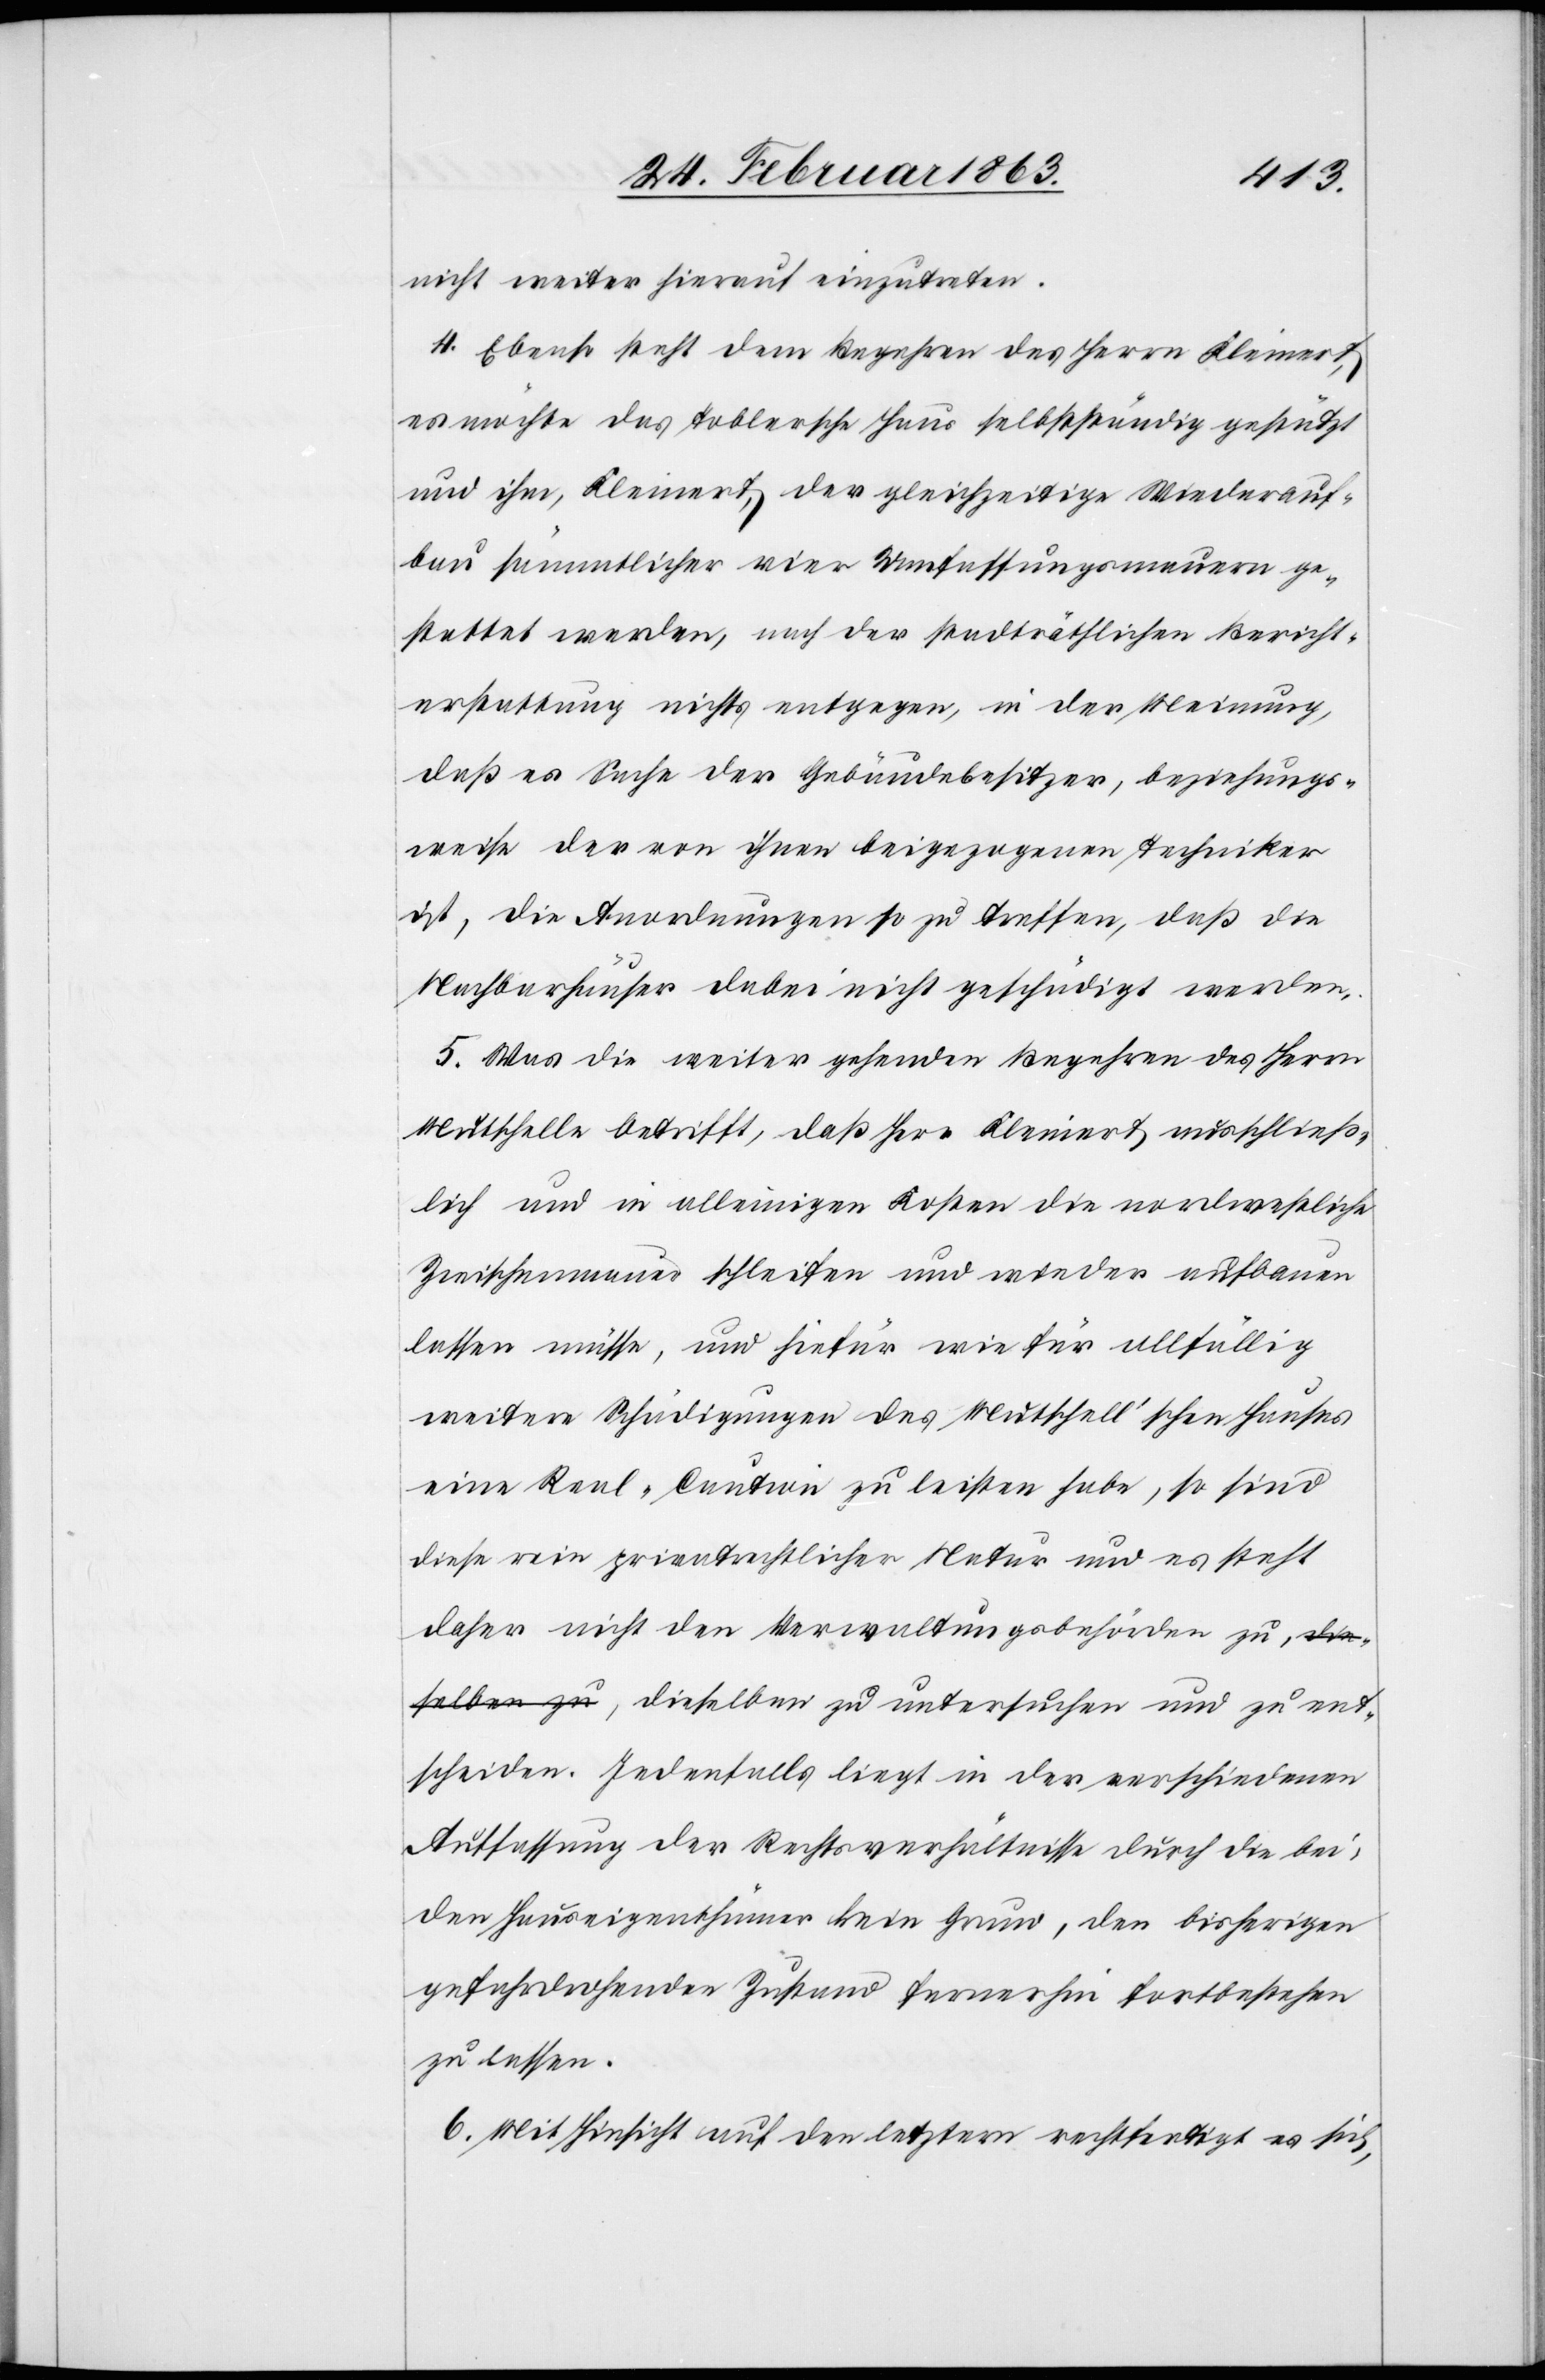
nicht weiter hierauf einzutreten.
4. Ebenso steht dem Begehren des Herrn Kleinert,
es möchte das Toblersche Haus selbstständig gestützt
und ihm, Kleinert, der gleichzeitige Wiederauf¬
bau sämmtlicher vier Umfassungsmauern ge¬
stattet werden, nach der stadträthlichen Bericht¬
erstattung nichts entgegen, in der Meinung,
daß es Sache der Gebäudebesitzer, beziehungs¬
weise der von ihnen beigezogenen Techniker
ist, die Anordnungen so zu treffen, daß die
Nachbarhäuser dabei nicht geschädigt werden.
5. Was die weiter gehenden Begehren des Herrn
Mutschelle betrifft, daß Herr Kleinert ausschließ¬
lich und in alleinigen Kosten die nordwestliche
Zwischenmauer schleifen und wieder aufbauen
lassen müsse, und hiefür wie für allfällig
weitere Schädigungen des Mutschell'schen Hauses
eine Real-Caution zu leisten habe, so sind
diese rein privatrechtlicher Natur und es steht
daher nicht den Verwaltungsbehörden zu, dieselben
entscheiden. Jedenfalls liegt in der verschiedenen
Auffassung der Rechtsverhältnisse durch die bei¬
den Hauseigenthümer kein Grund, den bisherigen
gefahrdrohenden Zustand fernerhin fortbestehen
zu lassen.
6. Mit Hinsicht auf den letztern rechtfertigt es sich,